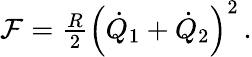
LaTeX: \begin{array}{r}{\mathcal{F}=\frac{R}{2}\left(\dot{Q}_{1}+\dot{Q}_{2}\right)^{2}\, .}\end{array}